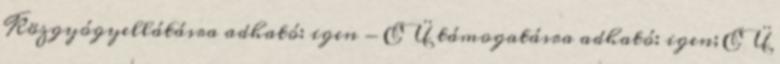
Közgyógyellátásra adható: igen - EÜ támogatásra adható: igen; EÜ